Scottish Leaving Certificate Examination, 1956
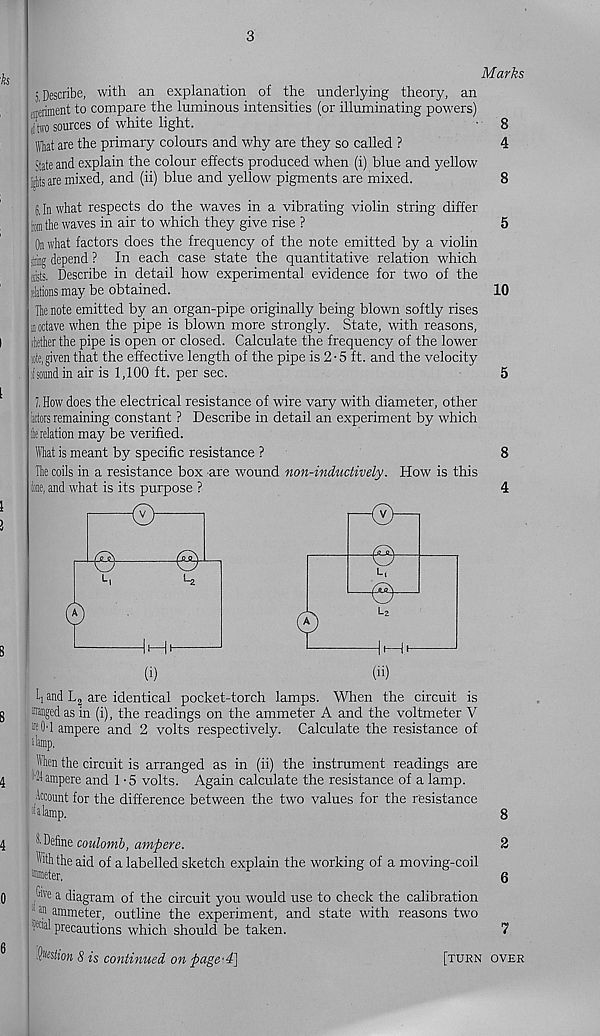
3
Marks
j Describe, with an explanation of the underlying theory, an
gceriment to compare the luminous intensities (or illuminating powers)
dhvo sources of white light.
Wat are the primary colours and why are they so called ?
State and explain the colour effects produced when (i) blue and yellow
ijlts are mixed, and (ii) blue and yellow pigments are mixed.
8. In what respects do the waves in a vibrating violin string differ
tail the waves in air to which they give rise ?
On what factors does the frequency of the note emitted by a violin
liing depend ? In each case state the quantitative relation which
aists. Describe in detail how experimental evidence for two of the
jlitions may be obtained.
The note emitted by an organ-pipe originally being blown softly rises
in octave when the pipe is blown more strongly. State, with reasons,
Mer the pipe is open or closed. Calculate the frequency of the lower
»te, given that the effective length of the pipe is 2 • 5 ft. and the velocity
hound in air is 1,100 ft. per sec.
7. How does the electrical resistance of wire vary with diameter, other
actors remaining constant ? Describe in detail an experiment by which
lerelation may be verified.
Wat is meant by specific resistance ?
The coils in a resistance box are wound non-inductively. How is this
icne, and what is its purpose ?
ti and L 2 are identical pocket-torch lamps. When the circuit is
ranged as in (i), the readings on the ammeter A and the voltmeter V
® O' 1 ampere and 2 volts respectively. Calculate the resistance of
11 lamp,
Wen the circuit is arranged as in (ii) the instrument readings are
dl ampere and 1 -5 volts. Again calculate the resistance of a lamp.
Account for the difference between the two values for the resistance
•la lamp.
Ic Define coulomb, ampere.
Wfithe aid of a labelled sketch explain the working of a moving-coil
•nmeter.
.& e a diagram of the circuit you would use to check the calibration
a " ammeter, outline the experiment, and state with reasons two
lvC1 al precautions which should be taken.
8
4
10
8
2
5 is continued on page'4]
[turn over